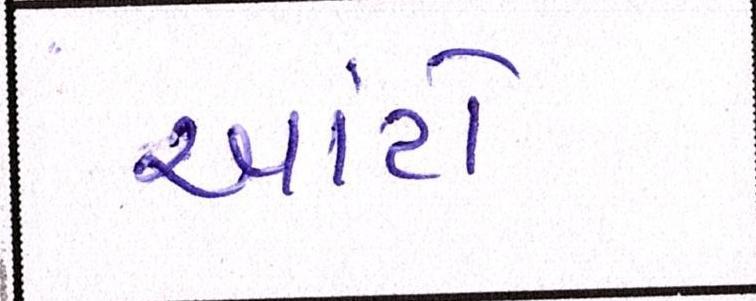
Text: આંટો